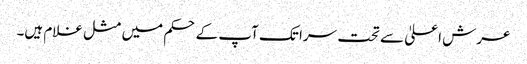
عرش اعلیٰ سے تحت سرا تک آپ کے حکم میں مثل غلام ہیں۔